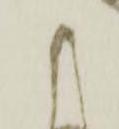
候